Sanitation, dispensaries and jails vaccination Rajputana 1922-1927 - 1922-1927
Year: 1922
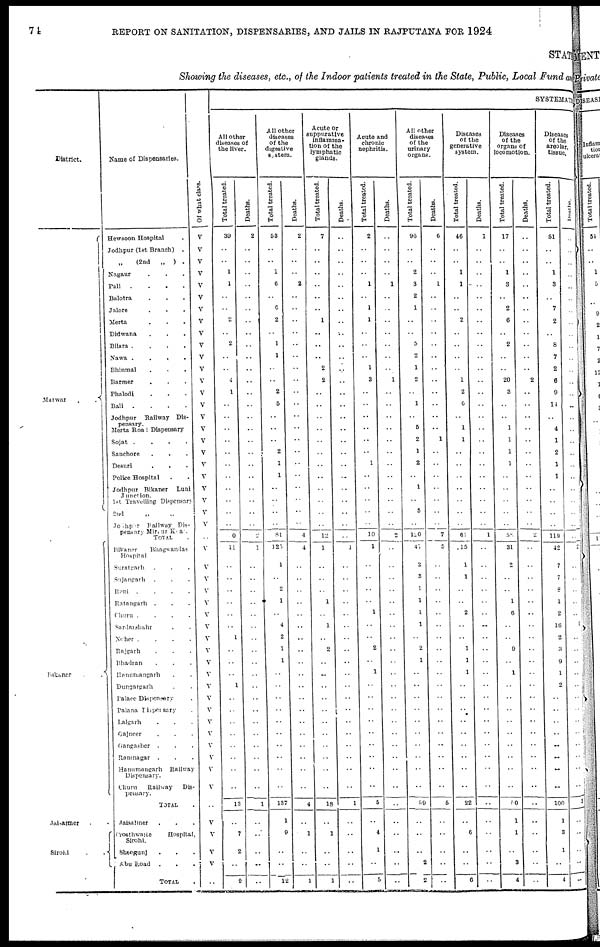
74
REPORT ON SANITATION, DISPENSARIES, AND JAILS IN RAJPUTANA FOR 1924
STATE
Showing the diseases, etc., of the Indoor patients treated in the State, Public, Local Fund and
District.
Marwar
.
.
Bikaner
. .
Jaisalmer . .
Sirohi
Name of Dispensaries.
Hewsoon Hospital .
Jodhpur (1st Branch)
.
„
(2nd
„
) .
Nagaur . . .
Pali
.
.
.
.
Balotra . . .
Jalore . . .
Merta . . .
Didwana . . .
Bilara .
.
.
.
Nawa
.
. . .
Bhinmal . . .
Barmer . . .
Phalodi . . .
Bali
.
.
.
.
Jodhpur
Railway Dis-
pensary.
Merta Road Dispensary
Sojat .
.
.
.
Sanchore . . .
Desuri . . .
Police Hospital . .
Jodhpur Bikaner
Luni
Junction.
1st Travelling Dispensary
2nd „ „
Jodhpur Railway Dis-
pensary Mirpur Khas
TOTAL .
Bikaner
Bhagwandas
Hospital
Suratgarh . . .
Sujangarh . . .
Reni .
.
.
.
Ratangarh . . .
Churu .
.
.
.
Sardarshahr . .
Noher .
.
.
.
Rajgarh . . .
Bhadran . . .
Hanumangarh . .
Dungargarh . .
Palace Dispensary
Palana Dispensary .
Lalgarh . . .
Gajnoer . . .
Gangasher . . .
Ramnagar
. . .
Hanumangarh
Railway
Dispensary.
Churu Railway
Di¬
pensary.
TOTAL .
Jaisalmer . . .
Crosthwaite
Hospital,
Sirohi.
Sheogunj . . .
Abu Road . . .
TOTAL .
Of what class.
V
V
V
V
V
V
V
V
V
V
V
V
V
V
V
V
V
V
V
V
V
V
V
V
V
..
V
V
V
V
V
V
V
V
V
V
V
V
V
V
V
V
V
V
V
V
..
V
V
V
V
..
SYSTEMATIC
All other
diseases of
the liver.
Total treated.
39
..
..
1
1
..
..
2
..
2
..
..
4
1
..
..
..
..
..
..
..
..
..
..
..
0
11
..
..
..
..
..
..
1
..
..
..
1
..
..
..
..
..
..
..
..
13
..
7
2
..
9
Deaths.
2
..
..
..
..
..
..
..
..
..
..
..
..
..
..
..
..
..
..
..
..
..
..
..
..
2
1
..
..
..
..
..
..
..
..
..
..
..
..
..
..
..
..
..
..
..
1
..
..
..
..
..
All other
diseases
of the
digestive
system.
Total treated.
53
..
..
1
6
..
6
2
..
1
1
..
..
2
5
..
..
..
2
1
1
..
..
..
..
81
125
1
..
2
1
..
4
2
1
1
..
..
..
..
..
..
..
..
..
..
137
1
9
..
..
12
Deaths.
2
..
..
..
2
..
..
..
..
..
..
..
..
..
..
..
..
..
..
..
..
..
..
..
..
4
4
..
..
..
..
..
..
..
..
..
..
..
..
..
..
..
..
..
..
..
4
..
1
..
..
1
Acute or
suppurative
inflamma-
tion of the
lymphatic
glands.
Total treated.
7
..
..
..
..
..
..
1
..
..
..
2
2
..
..
..
..
..
..
..
..
..
..
..
..
12
1
..
..
..
1
..
1
..
2
..
..
..
..
..
..
..
..
..
..
..
18
..
1
..
..
1
Deaths.
..
..
..
..
..
..
..
..
..
..
..
..
..
..
..
..
..
..
..
..
..
..
..
..
..
..
1
..
..
..
..
..
..
..
..
..
..
..
..
..
..
..
..
..
..
..
1
..
..
..
..
..
Acute and
chronic
nephritis.
Total treated.
2
..
..
..
1
..
1
1
..
..
..
1
3
..
..
..
..
..
..
1
..
..
..
..
..
10
1
..
..
..
..
1
..
..
2
..
1
..
..
..
..
..
..
..
..
..
5
..
4
1
..
..
Deaths.
..
..
..
..
1
..
..
..
..
..
..
..
1
..
..
..
..
..
..
..
..
..
..
..
..
2
..
..
..
..
..
..
..
..
..
..
..
..
..
..
..
..
..
..
..
..
..
..
..
..
..
..
All other
diseases
of the
urinary
organs.
Total treated.
96
..
..
2
3
2
1
..
..
5
2
1
2
..
1
..
5
2
1
2
..
1
..
5
..
120
47
2
3
1
1
1
1
..
2
1
..
..
..
..
..
..
..
..
..
..
59
..
..
..
2
2
Deaths.
6
..
..
..
1
..
..
..
..
..
..
..
..
..
..
..
..
1
..
..
..
..
..
..
..
7
5
..
..
..
..
..
..
..
..
..
..
..
..
..
..
..
..
..
..
..
5
..
..
..
..
..
Diseases
of the
generative
system.
Total treated.
46
..
..
1
1
..
..
2
..
..
..
..
1
2
6
..
1
1
..
..
..
..
..
..
..
61
15
1
1
..
..
2
..
..
1
1
1
..
..
..
..
..
..
..
..
..
22
..
6
..
..
6
Deaths.
1
..
..
..
..
..
..
..
..
..
..
..
..
..
..
..
..
..
..
..
..
..
..
..
..
1
..
..
..
..
..
..
..
..
..
..
..
..
..
..
..
..
..
..
..
..
..
..
..
..
..
..
Diseases
of the
organs of
locomotion.
Total treated.
17
..
..
1
3
..
2
6
..
2
..
..
20
3
..
..
1
1
1
1
..
..
..
..
..
58
31
2
..
..
1
6
..
..
9
..
1
..
..
..
..
..
..
..
..
..
50
1
1
..
3
4
Deaths.
..
..
..
..
..
..
..
..
..
..
..
..
2
..
..
..
..
..
..
..
..
..
..
..
..
2
..
..
..
..
..
..
..
..
..
..
..
..
..
..
..
..
..
..
..
..
..
..
..
..
..
..
Diseases
of the
areolar.
tissue.
Total treated.
51
..
..
1
3
..
7
2
..
8
7
2
6
9
14
..
4
1
2
1
1
..
..
..
..
119
42
7
7
8
1
2
16
2
3
9
1
2
..
..
..
..
..
..
..
..
100
1
3
1
..
4
Deaths.
..
..
..
..
..
..
..
..
..
..
..
..
..
..
..
..
..
..
..
..
..
..
..
..
..
..
2
..
..
..
..
..
1
..
..
..
..
..
..
..
..
..
..
..
..
..
3
..
..
..
..
..